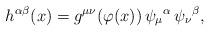
LaTeX: \begin{align*}h^{\alpha\beta}(x)=g^{\mu\nu}(\varphi(x))\, \psi_\mu{}^\alpha\,\psi_\nu{}^\beta,\end{align*}